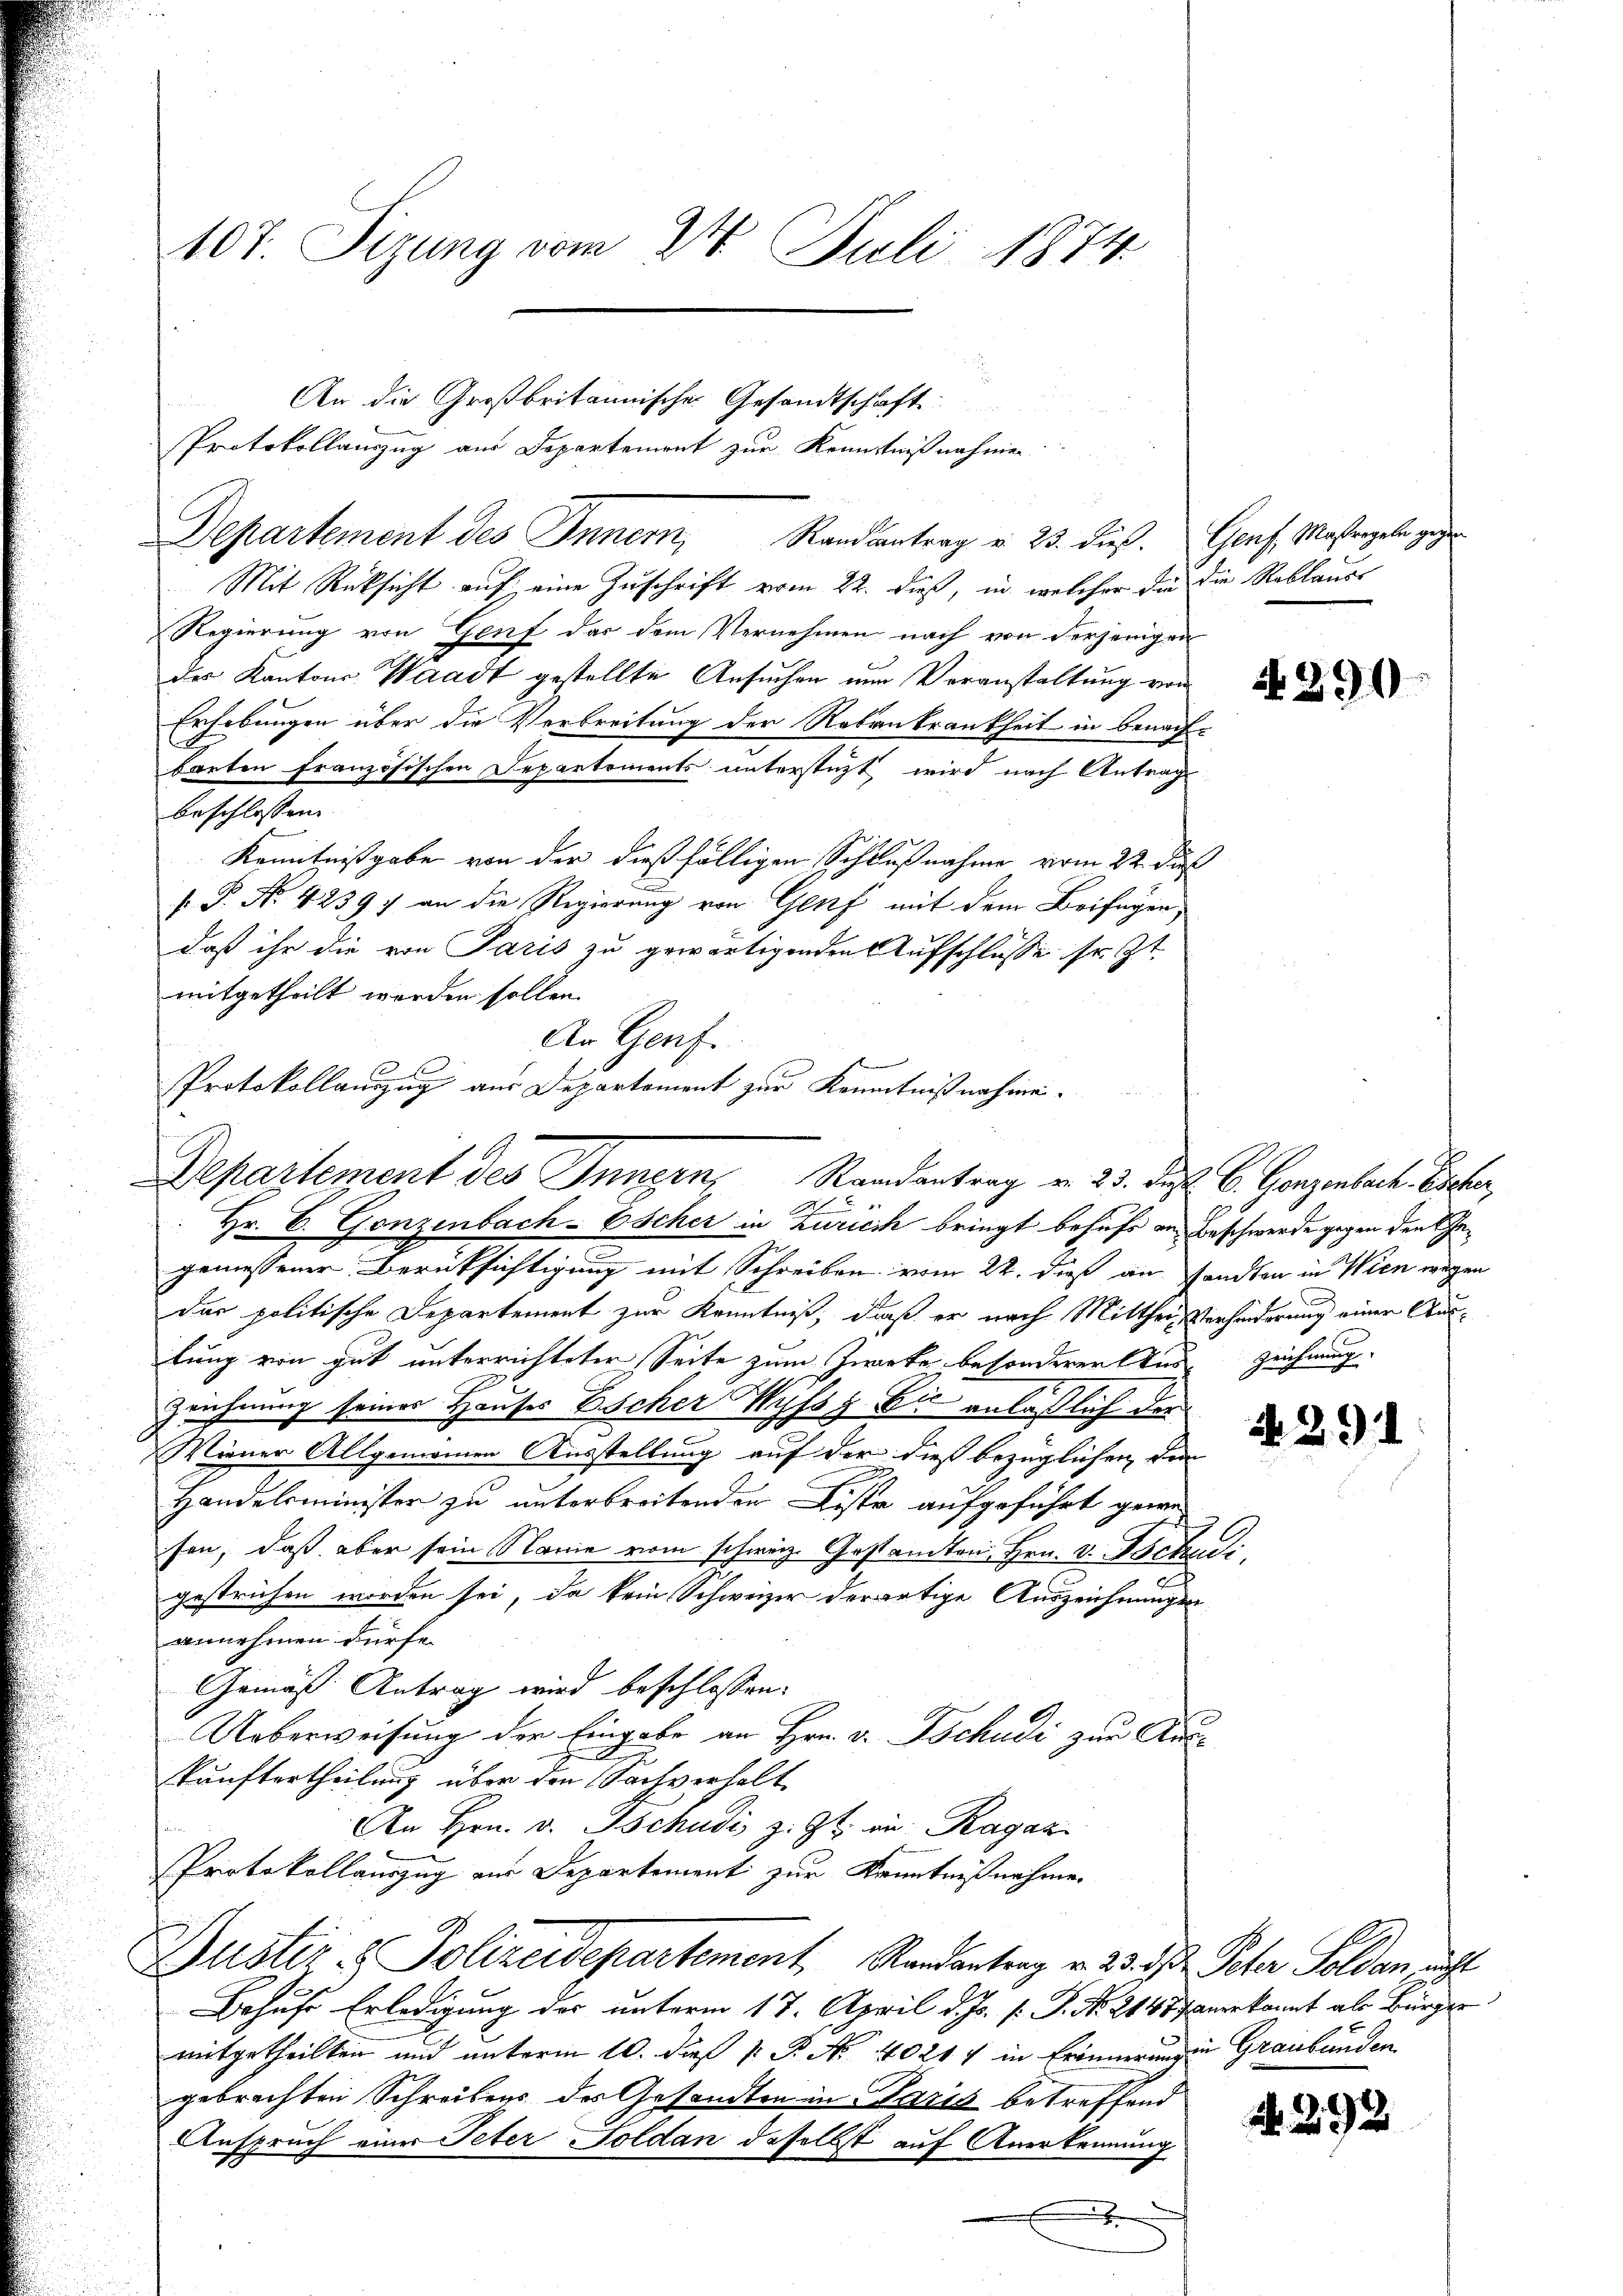
107. Sizung vom 24. Juli 1874.

An die Großbritainische Gesandtschaft
Protokollauszug aus Departement zur Kenntniß nahmen
Departement des Innern, Randantrag v. 23. dieß. Genf, Mastergele zuge
Mit Rücksicht auf eine Zuschrift vom 22. dieß, in welcher die die Reblauer
Regierung von Genf das dem Vernehmen nach von derjenigen
des Kantons Waadt gestellte Ansuchen nur Veranstaltung von
Erhebungen über die Verbreitung der Rebenkrankheit in benach-
barten französischen Departements unterstüzt wird nach Antrag
beschlossen
Kenntnißgabe von der dießfälligen Schlußnahme vom 22. dieß
s P. Nr. 4239) an die Regierung von Genf mit dem Beifügen,
daß ihr die von Paris zu gewärtigenden Aufschlüsse sr. Zt.
mitgetheilt werden sollen.
An Genf.
Hr. C. Gonzenbach-Escher in Zuricik bringt behufs an Beschwerde gegen den Gegemessener Berüksichtigung mit Schreiben vom 22. dieß an sandten in Wien wegen
Das politische Departement zur Kenntniß, daß er nach Mittheil Verhinderung einer Auslung von gut unterrichteter Seite zum Zwecke besonderer Aus Zeichnung
Zeichnung seines Hauses Escher Wyssy bis anläßlich der
Wiener Allgemeinen Ausstellung auf der dieß bezüglichen den
Handelsminister zu unterbreitenden Liste aufgeführt gewes
sen, daß aber sein Name vom schweiz. Gestamten Hrn. v. Partie
gestrichen worden sei, da kein Schweizer derartige Auszeichnungen
annehmen dürfe.
Gemäß Antrag wird beschlossen:
Ueberweisung der Eingabe an Hrn. v. Tschudi zur Auskunftertheilung über den Sachverhalt
An Hrn. v. Tschudi z. Zt. in Ragaz
Protokollauszug aus Departement zur Kenntnißnahme.
Gustiz & Polizeidepartement, Randantrag v. 23. d. d. Peter Soldan nicht
Behufs Erledigung der unterm 17. April d. Js. s. S. Nr. 2145 angekannt als Bürger
mitgetheilten und unterm 10. dieß v. P. Nr. 40217 in Erinnerungen Graubünden
gebrachten Schreibens des Gesandten in Paris betreffend
Anspruch einer Peter Soldan daselbst auf Anerkennung
.

Protokollauszug aus Departoment zur Kenntnißnahme¬
Departement des Jungen, Standentrag v. 23. Dez. 6. Ganzenbeck. Eifer,
2

N 290.

2.

429. 1

N 292